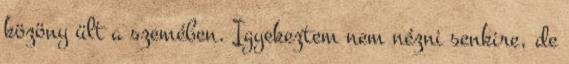
közöny ült a szemében. Igyekeztem nem nézni senkire, de